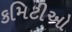
કમિટીઓ